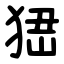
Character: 峱